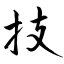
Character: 技